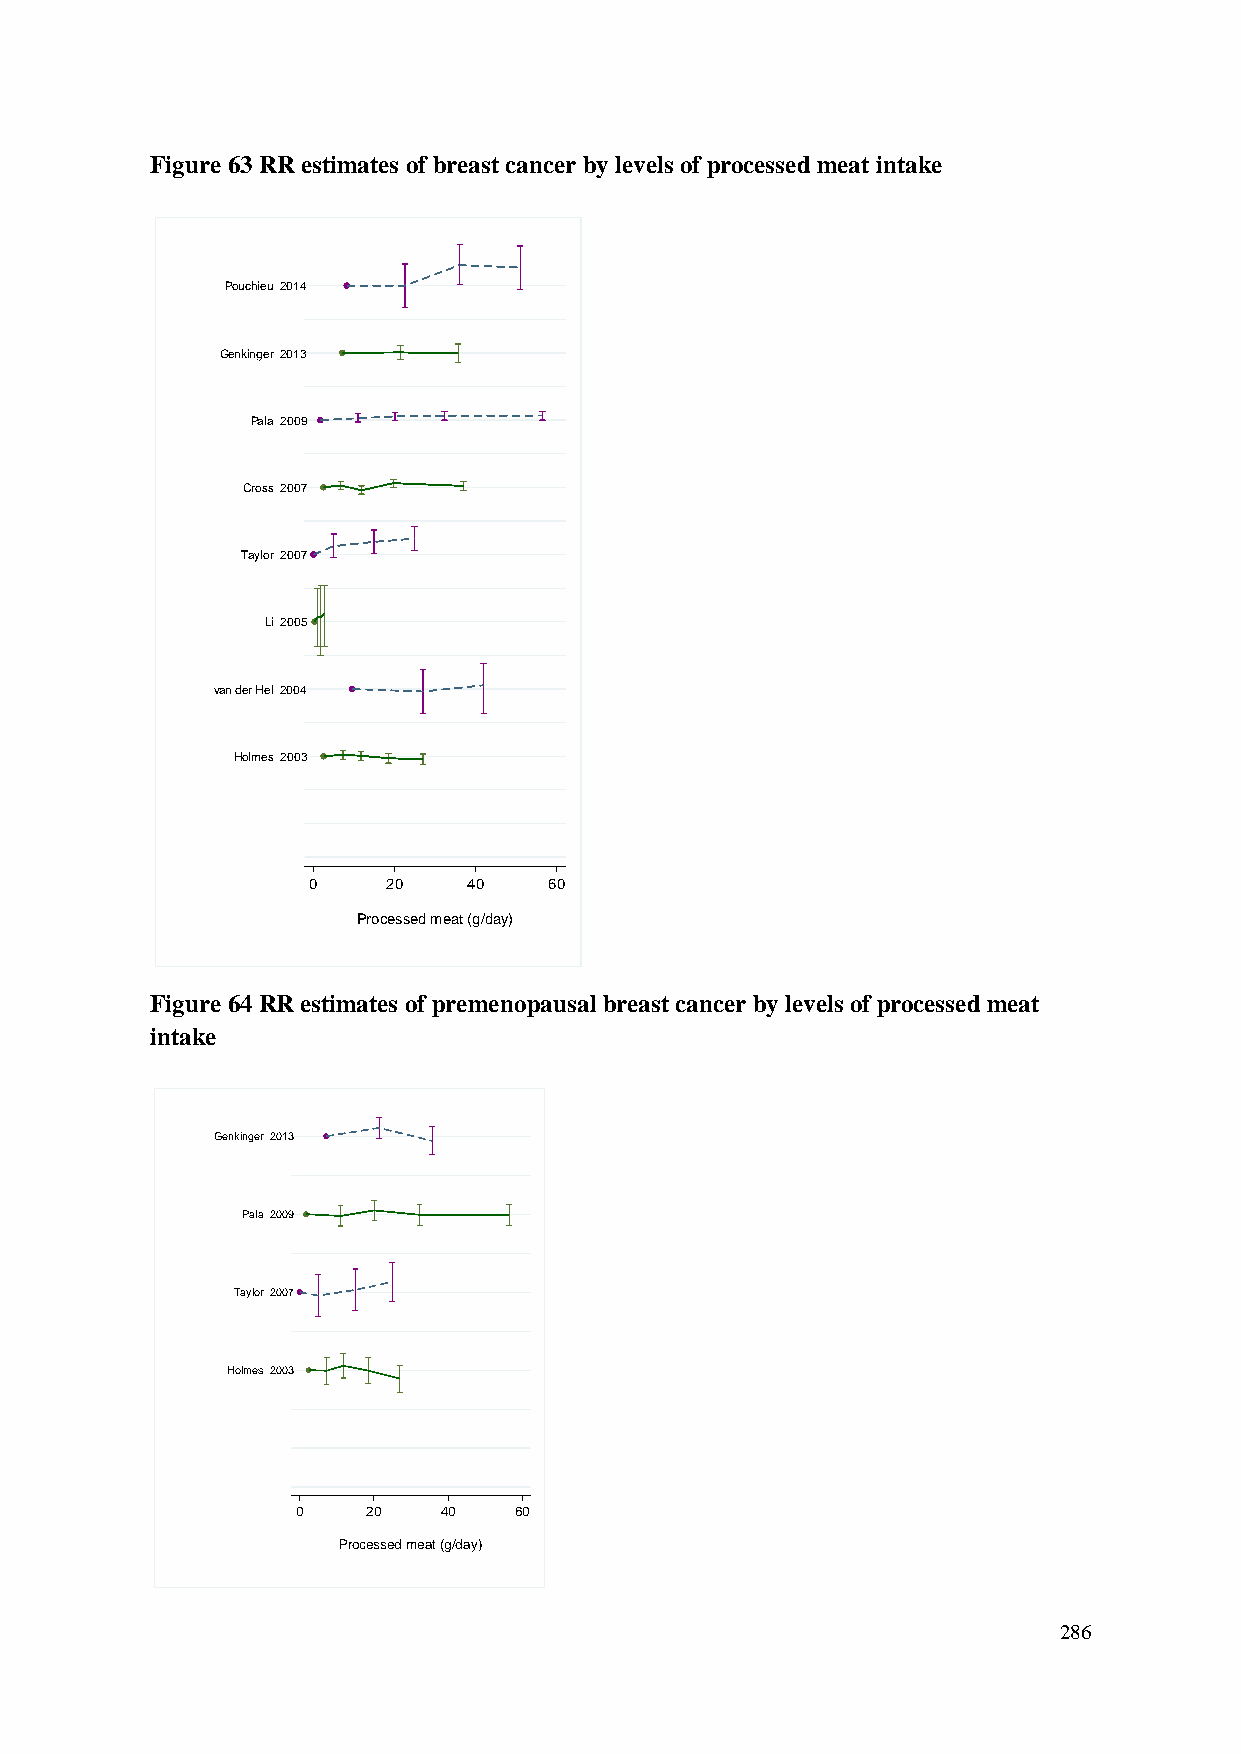
Figure 63 RR estimates of breast cancer by levels of processed meat intake
 Pouchieu 2014
 Genkinger 2013
 Pala 2009
 Cross 2007
 Taylor 2007
 Li 2005
 van der Hel 2004
 Holmes 2003
 0     20   40   60
 Processed meat (g/day)
 Figure 64 RR estimates of premenopausal breast cancer by levels of processed meat
 intake
 Genkinger 2013
 Pala 2009
 Taylor 2007
 Holmes 2003
 0   20   40   60
 Processed meat (g/day)
 286